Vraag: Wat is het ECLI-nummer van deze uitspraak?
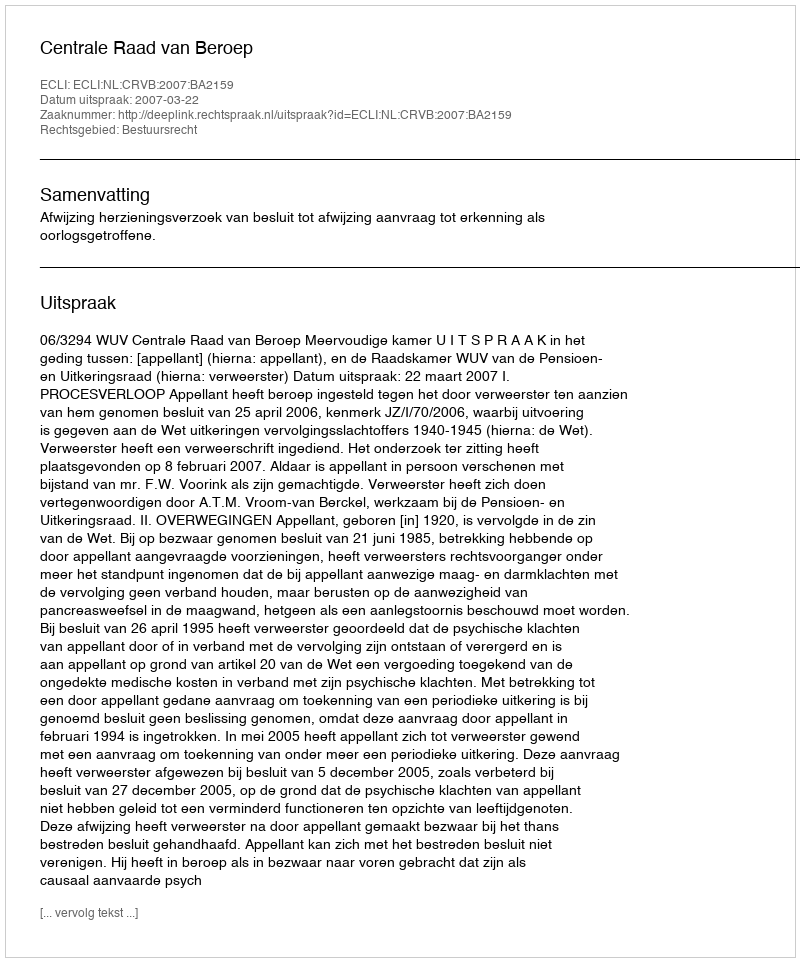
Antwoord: ECLI:NL:CRVB:2007:BA2159